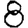
Digit: 8